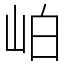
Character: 岶